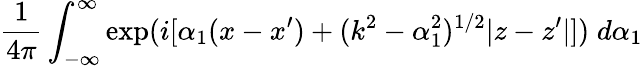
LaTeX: \frac{1}{4\pi}\int_{-\infty}^{\infty}{\exp(i[\alpha_{1}(x-x^{\prime})+(k^{2}-\alpha_{1}^{2})^{1/2}|z-z^{\prime}|])}\; d\alpha_{1}